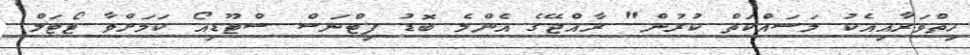
ހިތްވަރާއިއެކު މަސައްކަތް ކުރުން" ރާއްޖޭގެ އެންމެ ބޮޑު ފިޓްނަސް ސްޓޫޑިއޯ ކަމަށްވާ ޓޯޓަލް